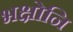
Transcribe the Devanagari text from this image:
भक्षोनि